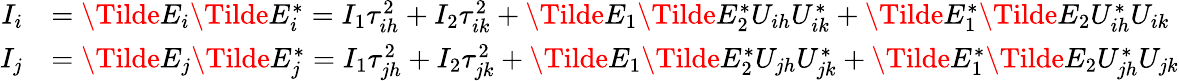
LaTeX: \begin{array}{rl}{I_{i}}&{=\Tilde{E}_{i}\Tilde{E}_{i}^{*}=I_{1}\tau_{ih}^{2}+I_{2}\tau_{ik}^{2}+\Tilde{E}_{1}\Tilde{E}_{2}^{*}U_{ih}U_{ik}^{*}+\Tilde{E}_{1}^{*}\Tilde{E}_{2}U_{ih}^{*}U_{ik}}\\ {I_{j}}&{=\Tilde{E}_{j}\Tilde{E}_{j}^{*}=I_{1}\tau_{jh}^{2}+I_{2}\tau_{jk}^{2}+\Tilde{E}_{1}\Tilde{E}_{2}^{*}U_{jh}U_{jk}^{*}+\Tilde{E}_{1}^{*}\Tilde{E}_{2}U_{jh}^{*}U_{jk}}\end{array}